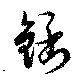
銛